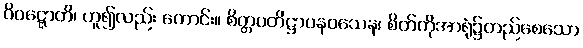
ဝိဝဋ္ဋောတိ၊ ဟူ၍လည်း ကောင်း။ စိတ္တပတိဋ္ဌာပနဝသေန၊ စိတ်ကိုအာရုံ၌တည်စေသော